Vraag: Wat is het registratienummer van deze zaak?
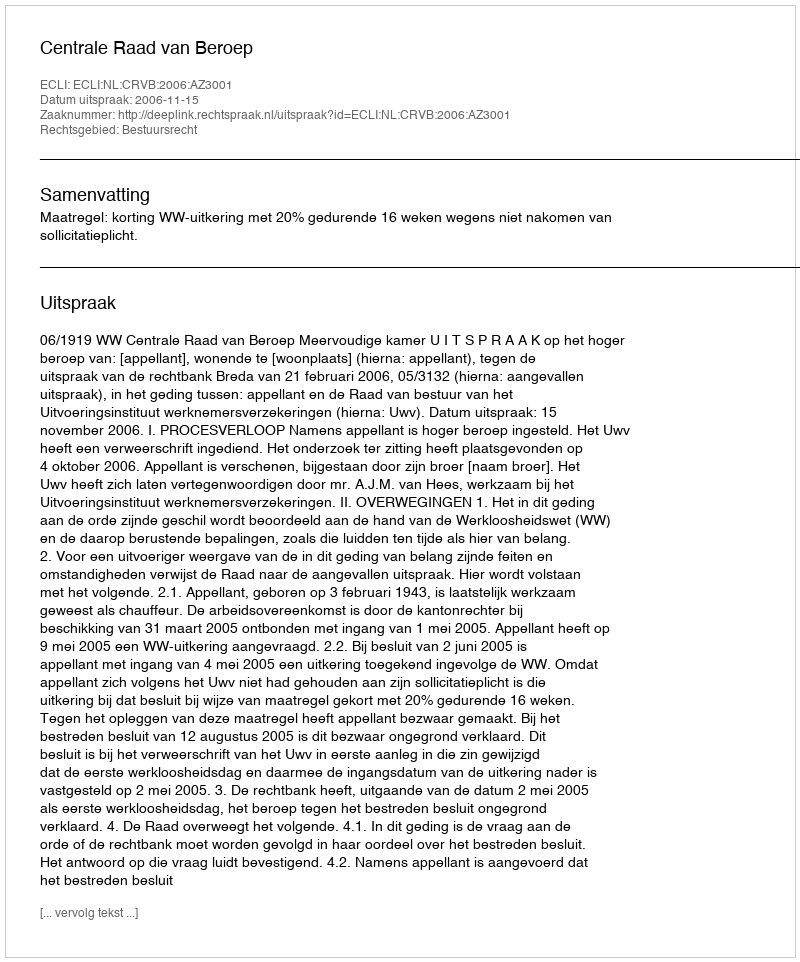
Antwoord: http://deeplink.rechtspraak.nl/uitspraak?id=ECLI:NL:CRVB:2006:AZ3001